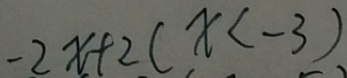
2 x + 2 ( x < - 3 )